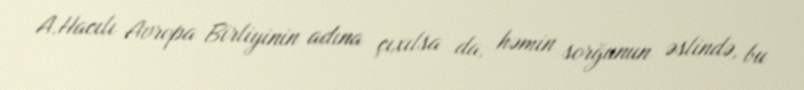
A.Hacılı Avropa Birliyinin adına çıxılsa da, həmin sorğunun əslində, bu